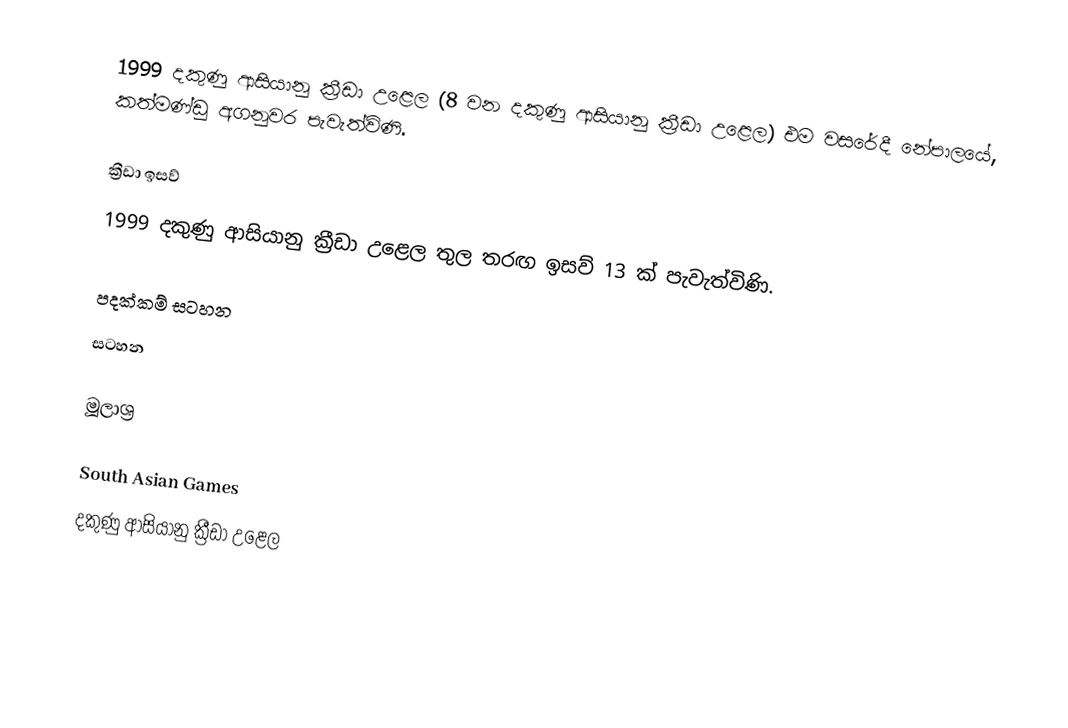
1999 දකුණු ආසියානු ක්‍රීඩා උළෙල (8 වන දකුණු ආසියානු ක්‍රීඩා උළෙල) එම වසරේදී නේපාලයේ, කත්මණ්ඩු අගනුවර පැවැත්විණි.

ක්‍රීඩා ඉසව්
1999 දකුණු ආසියානු ක්‍රීඩා උළෙල තුල තරඟ ඉසව් 13 ක් පැවැත්විණි.

පදක්කම් සටහන
සටහන

මූලාශ්‍ර

South Asian Games
දකුණු ආසියානු ක්‍රීඩා උළෙල